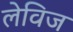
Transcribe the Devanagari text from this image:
लेविज